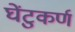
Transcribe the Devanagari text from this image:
घेंटुकर्ण